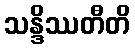
သန္ဒိဿတီတိ